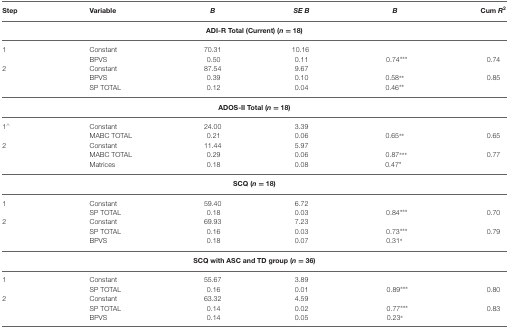
| Step | Variable | B | SE B | B | Cum R2 |
 | --- | --- | --- | --- | --- | --- |
 | <COLSPAN=6> ADI-R Total (Current) (n = 18) |
 | 1 | Constant | 70.31 | 10.16 |
 |  | BPVS | 0.50 | 0.11 | 0.74*** | 0.74 |
 | 2 | Constant | 87.54 | 9.67 |
 |  | BPVS | 0.39 | 0.10 | 0.58** | 0.85 |
 |  | SP TOTAL | 0.12 | 0.04 | 0.46** |
 | <COLSPAN=6> ADOS-II Total (n = 18) |
 | 1∧ | Constant | 24.00 | 3.39 |
 |  | MABC TOTAL | 0.21 | 0.06 | 0.65** | 0.65 |
 | 2 | Constant | 11.44 | 5.97 |
 |  | MABC TOTAL | 0.29 | 0.06 | 0.87*** | 0.77 |
 |  | Matrices | 0.18 | 0.08 | 0.47* |
 | <COLSPAN=6> SCQ (n = 18) |
 | 1 | Constant | 59.40 | 6.72 |
 |  | SP TOTAL | 0.18 | 0.03 | 0.84*** | 0.70 |
 | 2 | Constant | 69.93 | 7.23 |
 |  | SP TOTAL | 0.16 | 0.03 | 0.73*** | 0.79 |
 |  | BPVS | 0.18 | 0.07 | 0.31* |
 | <COLSPAN=6> SCQ with ASC and TD group (n = 36) |
 | 1 | Constant | 55.67 | 3.89 |
 |  | SP TOTAL | 0.16 | 0.01 | 0.89*** | 0.80 |
 | 2 | Constant | 63.32 | 4.59 |
 |  | SP TOTAL | 0.14 | 0.02 | 0.77*** | 0.83 |
 |  | BPVS | 0.14 | 0.05 | 0.23* |